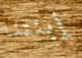
إبنتنا